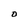
Character: O